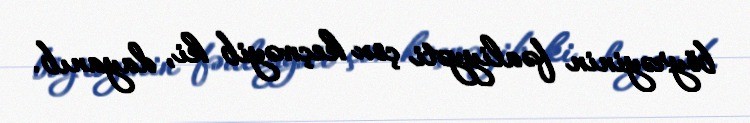
böyrəyinin fəaliyyəti çox keçməyib ki, dayanıb.